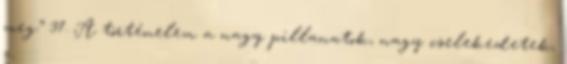
meg.” 37. A történelem a nagy pillanatok, nagy cselekedetek,